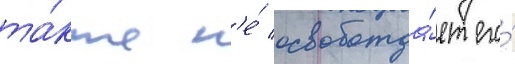
та́кже н'е́ освобожда́ет его́